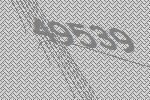
49539